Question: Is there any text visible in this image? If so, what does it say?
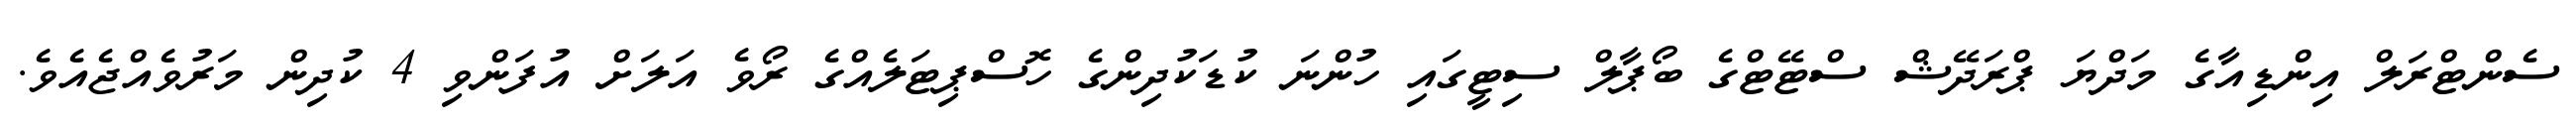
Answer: ސެންޓްރަލް އިންޑިއާގެ މަދްޔަ ޕްރަދޭޝް ސްޓޭޓްގެ ބޯޕާލް ސިޓީގައި ހުންނަ ކުޑަކުދިންގެ ހޮސްޕިޓަލެއްގެ ރޯވެ އަލަށް އުފަންވި 4 ކުދިން މަރުވެއްޖެއެވެ.